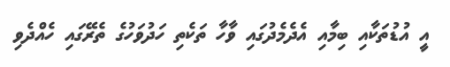
އީ އުޑުތަކާއި ބިމާއި އެދެމެދުގައި ވާހާ ތަކެތި ހަދުވަހުގެ ތެރޭގައި ހެއްދެވި